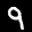
Label: 9